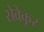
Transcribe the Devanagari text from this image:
स्रेवेकूर